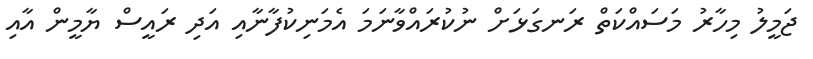
ޖަމީލު މިހާރު މަަސައްކަތް ރަނގަަޅަށް ނުކުރައްވާނަމަ އެމަނިކުފާނާއި އަދި ރައީސް ޔާމީން އާއި